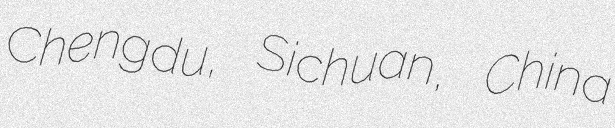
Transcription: Chengdu, Sichuan, China